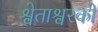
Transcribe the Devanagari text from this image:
श्वेताश्वरको